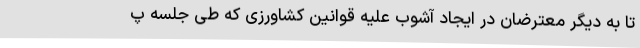
تا به دیگر معترضان در ایجاد آشوب علیه قوانین کشاورزی که طی جلسه پ